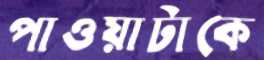
পাওয়াটাকে